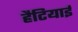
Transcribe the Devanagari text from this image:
हैटियाई